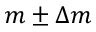
m \pm \Delta m